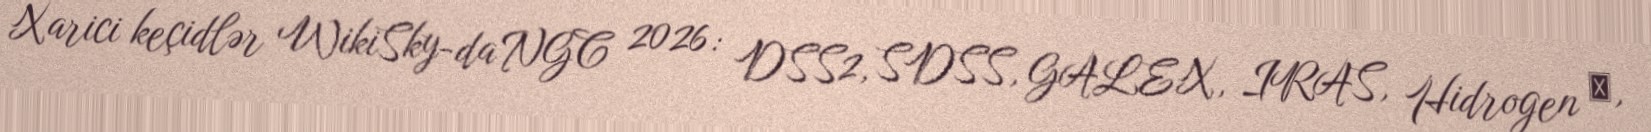
Xarici keçidlər WikiSky-da NGC 2026: DSS2, SDSS, GALEX, IRAS, Hidrogen α,